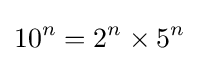
10^{n}=2^{n}\times 5^{n}